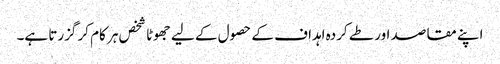
اپنے مقاصد اور طے کردہ اہداف کے حصول کے لیے جھوٹا شخص ہر کام کر گزرتا ہے۔